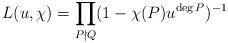
LaTeX: \begin{align*}L(u,\chi)=\prod_{P \nmid Q}(1-\chi(P)u^{\deg P})^{-1}\end{align*}